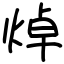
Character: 焯